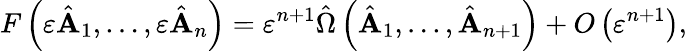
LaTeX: F\left(\varepsilon\hat{\mathbf A}_{1},\ldots,\varepsilon\hat{\mathbf A}_{n}\right)=\varepsilon^{n+1}\hat{\Omega}\left(\hat{\mathbf A}_{1},\ldots,\hat{\mathbf A}_{n+1}\right)+O\left(\varepsilon^{n+1}\right),